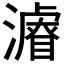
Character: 𱩦